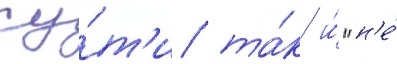
су́т'и та́к и́ "н'е́